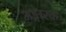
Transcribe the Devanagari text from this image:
अङ्गारक